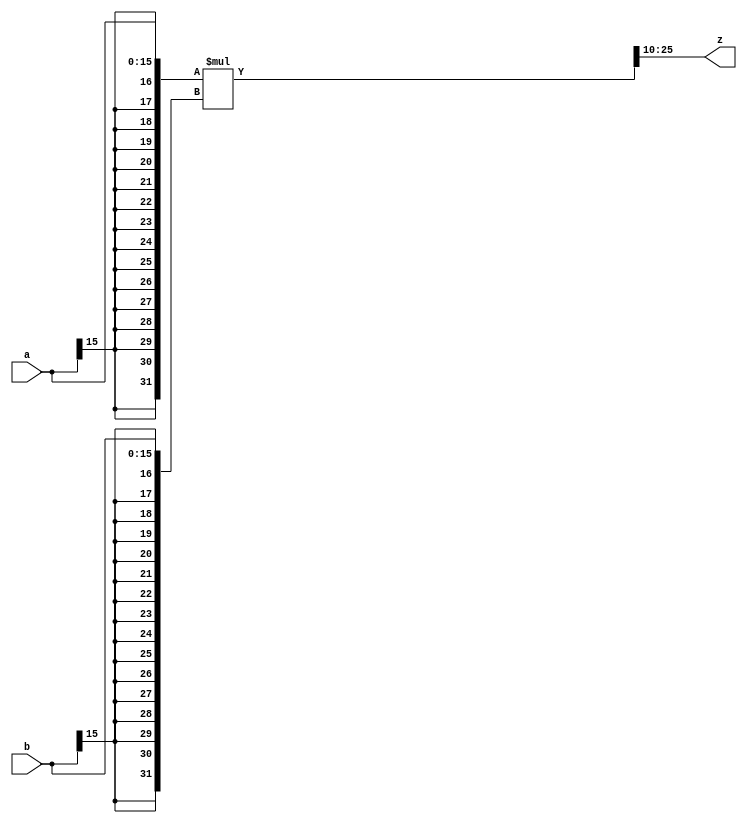
module MULT(
	input	wire	[15:0]	a,
	input	wire	[15:0]	b,
  output	wire	[15:0]	z    // quantization to 16 bit
);
  
	wire	[31:0]	a_sign_ex,b_sign_ex,RES;
	assign	a_sign_ex = {{16{a[15]}},a};
	assign	b_sign_ex = {{16{b[15]}},b};
	assign	RES = a_sign_ex*b_sign_ex;
  assign	z = RES[25:10];     // fraction bit: 10 bit
endmodule